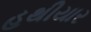
હથીયાર